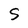
Character: S